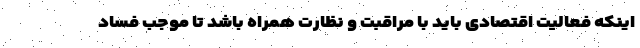
اینکه فعالیت اقتصادی باید با مراقبت و نظارت همراه باشد تا موجب فساد